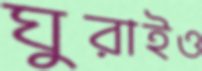
ঘুরাইও